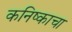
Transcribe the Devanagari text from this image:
कनिष्काचा